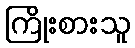
ကြိုးစားသူ